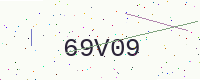
Text: 69V09